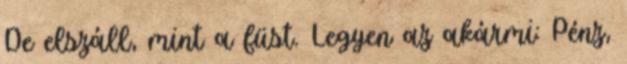
De elszáll, mint a füst. Legyen az akármi: Pénz,